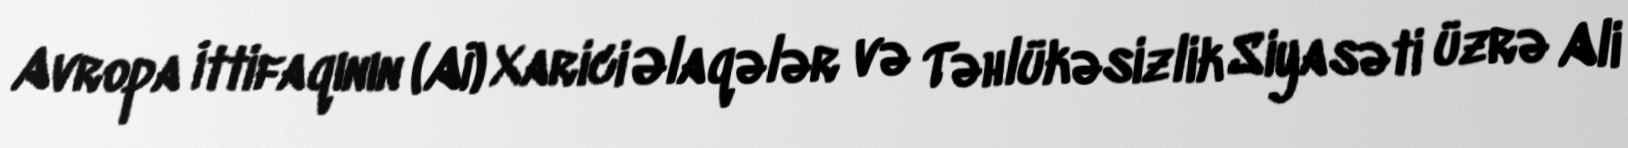
Avropa İttifaqının (Aİ) Xarici Əlaqələr və Təhlükəsizlik Siyasəti üzrə Ali